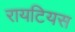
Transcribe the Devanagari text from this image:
रायटियस